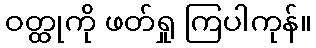
ဝတ္ထုကို ဖတ်ရှု ကြပါကုန်။